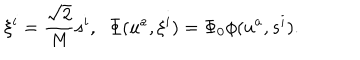
LaTeX: \xi ^ { i } = \frac { \sqrt { 2 } } { M } s ^ { i } , \; \; \Phi ( u ^ { a } , \xi ^ { i } ) = \Phi _ { 0 } \phi ( u ^ { a } , s ^ { i } ) .